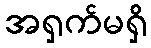
အရှက်မရှိ